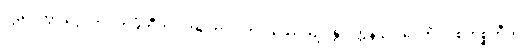
“ဌပေတွာ ဒွေ”တိ။ ကင်္ခတီတိ “အဟော ဝတ ပဿေယျ”န္တိ ပတ္ထနံ ဥပ္ပါဒေတိ။ ဝိစိကိစ္ဆတီတိ